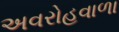
અવરોહવાળા